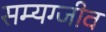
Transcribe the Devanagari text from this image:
सम्यग्जीव